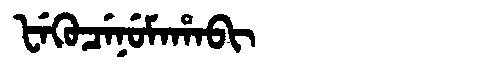
Manchu: ᡶᡝᡴᡠᠴᡝᠨᡠᠮᠠᡥᠠᠪᡳ
Romanization: FEKUCENUMAHABI